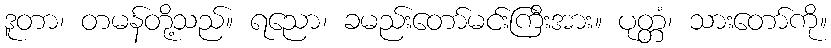
ဒူတာ၊ တမန်တို့သည်။ ရညော၊ ခမည်းတော်မင်းကြီးအား။ ပုတ္တံ၊ သားတော်ကို။